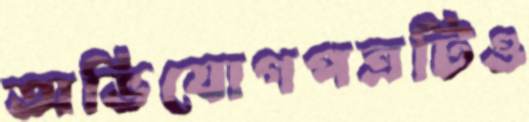
অভিযোগপত্রটিও